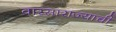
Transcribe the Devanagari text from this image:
वारसाराज्याची